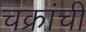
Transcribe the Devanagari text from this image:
चक्रांची